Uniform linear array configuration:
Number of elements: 4
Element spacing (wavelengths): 0.25
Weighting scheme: hamming
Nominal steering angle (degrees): -60
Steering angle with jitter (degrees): -59.703
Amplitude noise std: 0.05
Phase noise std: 0.05

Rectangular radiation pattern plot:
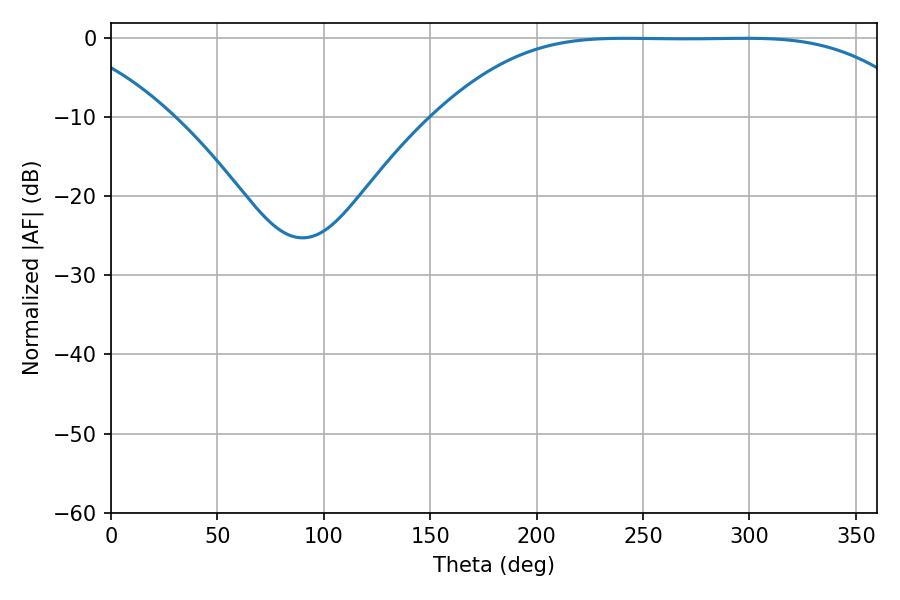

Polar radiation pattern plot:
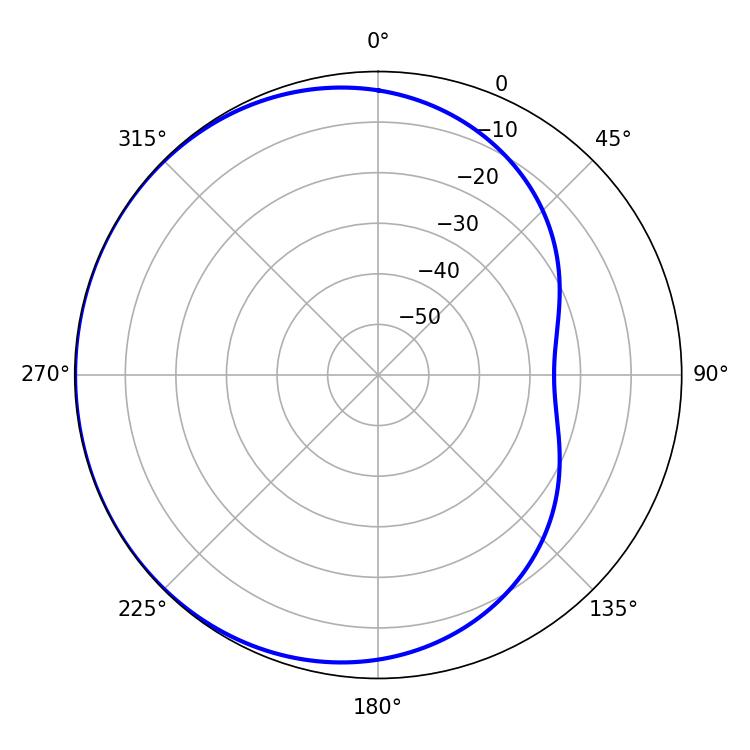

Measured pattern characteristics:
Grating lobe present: FALSE
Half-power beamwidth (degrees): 169.92
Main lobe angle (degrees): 241.74